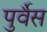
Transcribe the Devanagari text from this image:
पुर्वैस